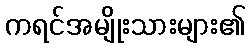
ကရင်အမျိုးသားများ၏